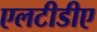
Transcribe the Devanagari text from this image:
एलटीडीए